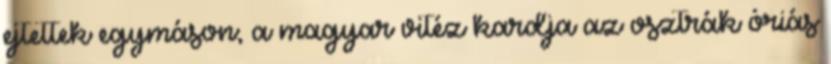
ejtettek egymáson; a magyar vitéz kardja az osztrák óriás